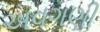
અવગણી